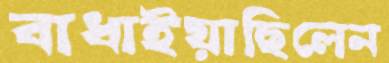
বাধাইয়াছিলেন